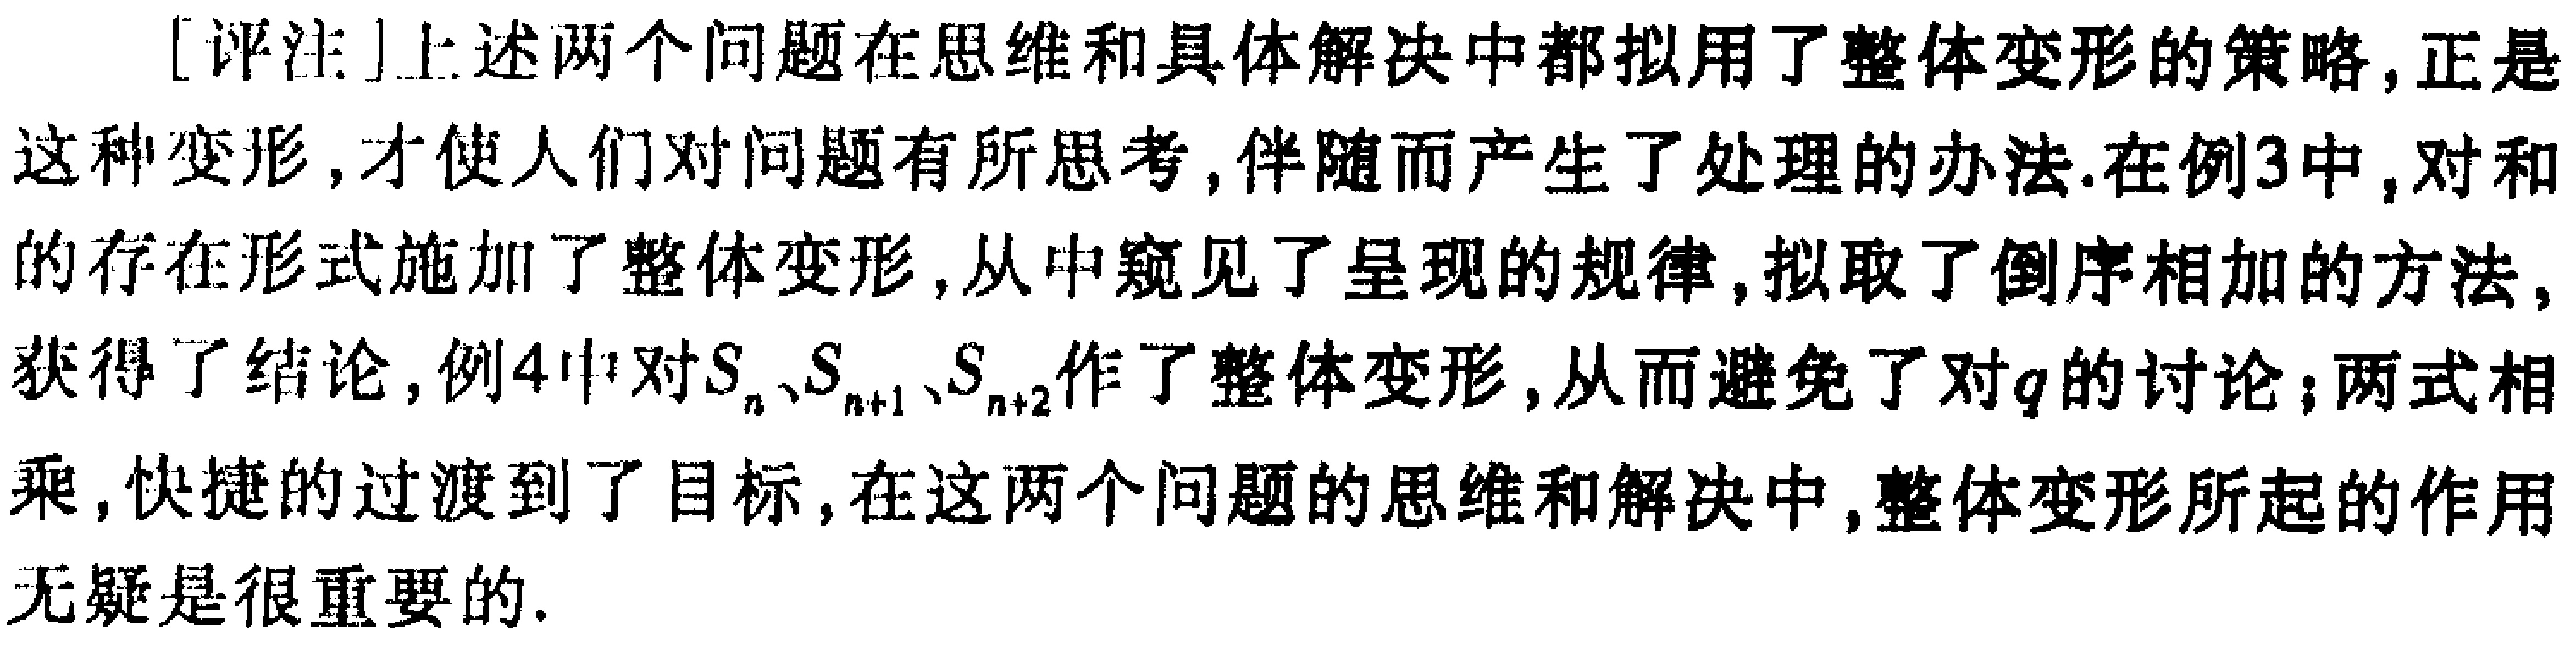
[评注]上述两个问题在思维和具体解决中都拟用了整体变形的策略，正是这种变形，才使人们对问题有所思考，伴随而产生了处理的办法.在例3中，对和的存在形式施加了整体变形，从中窥见了呈现的规律，拟取了倒序相加的方法，获得了结论，例4中对\(S_{n}\)、\(S_{n + 1}\)、\(S_{n+2}\)作了整体变形，从而避免了对\(q\)的讨论；两式相乘，快捷的过渡到了目标，在这两个问题的思维和解决中，整体变形所起的作用无疑是很重要的.